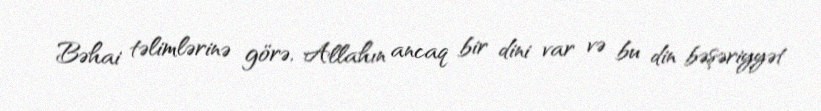
Bəhai təlimlərinə görə, Allahın ancaq bir dini var və bu din bəşəriyyət